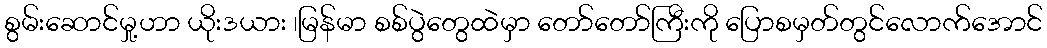
စွမ်းဆောင်မှု့ဟာ ယိုးဒယား ၊မြန်မာ စစ်ပွဲတွေထဲမှာ တော်တော်ကြီးကို ပြောစမှတ်တွင်လောက်အောင်